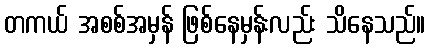
တကယ် အစစ်အမှန် ဖြစ်နေမှန်းလည်း သိနေသည်။